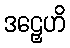
ဒဠှေဟိ